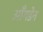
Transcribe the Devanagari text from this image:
ऑंगडेन